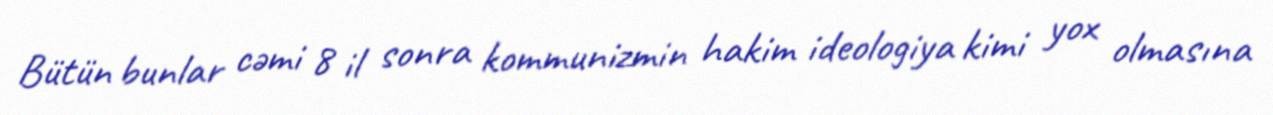
Bütün bunlar cəmi 8 il sonra kommunizmin hakim ideologiya kimi yox olmasına